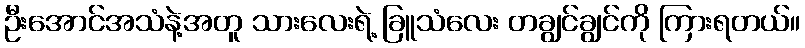
ဦးအောင်အသံနဲ့အတူ သားလေးရဲ့ ခြူသံလေး တချွင်ချွင်ကို ကြားရတယ်။